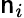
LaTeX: \mathsf{n}_{i}